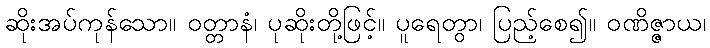
ဆိုးအပ်ကုန်သော။ ဝတ္တာနံ၊ ပုဆိုးတို့ဖြင့်။ ပူရေတွာ၊ ပြည့်စေ၍။ ဝဏိဇ္ဇာယ၊